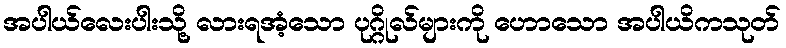
အပါယ်လေးပါးသို့ လားရအံ့သော ပုဂ္ဂိုလ်များကို ဟောသော အပါယိကသုတ်